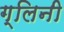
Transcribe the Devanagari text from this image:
ग्लिनी